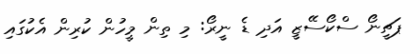
ޕަޗީނޯ ސްކޯސޭޒީ އަދި ޑެ ނީރޯ: މި ތިން މީހުން ކުރިން އެކުގައި